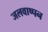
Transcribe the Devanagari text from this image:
जलवाष्पन